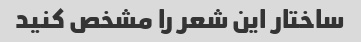
ساختار این شعر را مشخص کنید